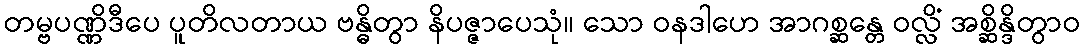
တမ္ဗပဏ္ဏိဒီပေ ပူတိလတာယ ဗန္ဓိတွာ နိပဇ္ဇာပေသုံ။ သော ဝနဒါဟေ အာဂစ္ဆန္တေ ဝလ္လိံ အစ္ဆိန္ဒိတွာဝ